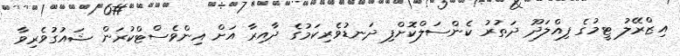
އިޒްރޭލު ޓީމުގެ ފިއްލަދޫ ދަތުރު ކެންސަލްކޮށްފި ދަނޑުވެރިކަމުގެ ދާއިރާ އަށް އިންވެސްޓްކުރަން ޝައުގުވެރިވާ